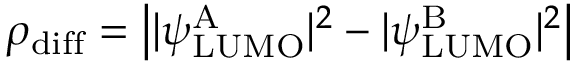
\rho _ { \mathrm { d i f f } } = \left| | \psi _ { \mathrm { L U M O } } ^ { \mathrm { A } } | ^ { 2 } - | \psi _ { \mathrm { L U M O } } ^ { \mathrm { B } } | ^ { 2 } \right|